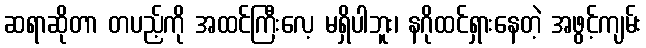
ဆရာဆိုတာ တပည့်ကို အထင်ကြီးလေ့ မရှိပါဘူး၊ နဂိုထင်ရှားနေတဲ့ အဖွင့်ကျမ်း